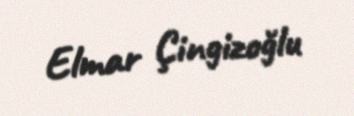
Elmar Çingizoğlu